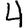
Digit: 4